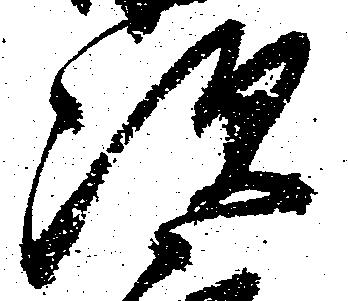
次